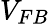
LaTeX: V_{FB}